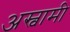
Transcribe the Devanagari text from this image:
अस्वामी